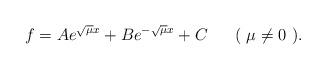
LaTeX: \begin{align*}f=A e^{\sqrt{\mu}x}+B e^{- \sqrt{ \mu}x}+C\mbox{\ \ \ \ \ ( $\mu\not= 0$ ).}\end{align*}